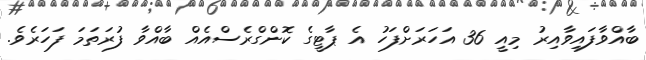
ބާއްވާފައިވާއިރު މިއީ 36 އަހަރަށްފަހު އެ ޕާޓީގެ ކޮންގްރެސްއެއް ބާއްވާ ފުރަތަމަ ފަހަރެވެ.